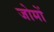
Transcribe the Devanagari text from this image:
जोमों